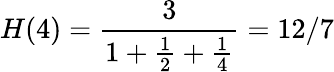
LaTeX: H(4)={\frac{3}{1+{\frac{1}{2}}+{\frac{1}{4}}}}=12/7